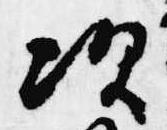
次